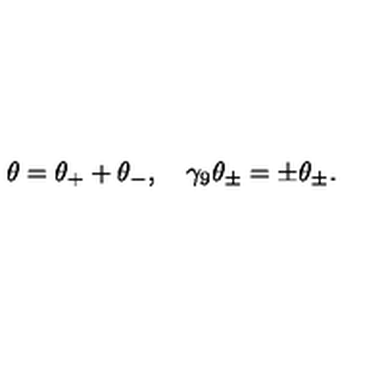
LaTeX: \theta = \theta _ { + } + \theta _ { - } , \quad \gamma _ { 9 } \theta _ { \pm } = \pm \theta _ { \pm } .